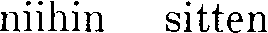
niihin sitten